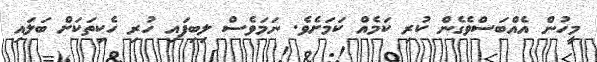
މީހުން އެއްބަސްވެގެން ކުރި ކަމެއް ކަމަށެވެ. ނަމަވެސް ލިބިފައި ހުރި ހެކިތަކަށް ބަލައި